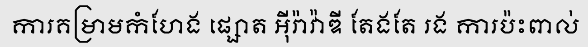
ការគម្រាមកំហែង ផ្សោត អ៊ីរ៉ាវ៉ាឌី តែងតែ រង ការប៉ះពាល់